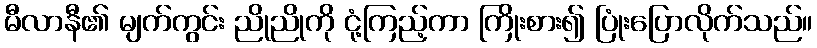
မီလာနီ၏ မျက်ကွင်း ညိုညိုကို ငုံ့ကြည့်ကာ ကြိုးစား၍ ပြုံးပြောလိုက်သည်။